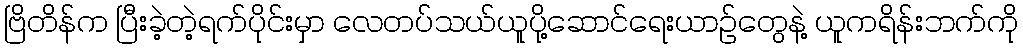
ဗြိတိန်က ပြီးခဲ့တဲ့ရက်ပိုင်းမှာ လေတပ်သယ်ယူပို့ဆောင်ရေးယာဉ်တွေနဲ့ ယူကရိန်းဘက်ကို